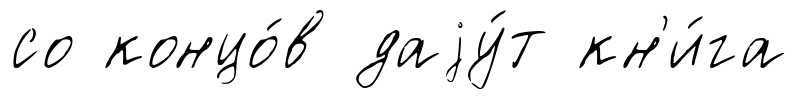
со концо́в даjу́т кн'и́га